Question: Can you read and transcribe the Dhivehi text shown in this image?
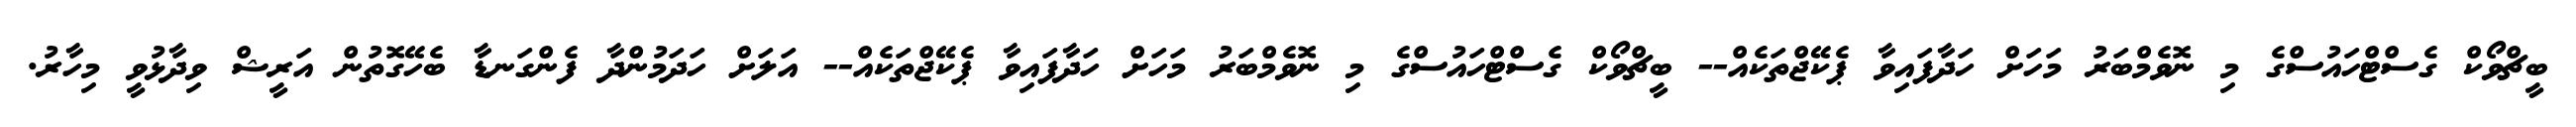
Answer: ބީޗްވޯކް ގެސްޓްހައުސްގެ މި ނޮވެމްބަރު މަހަށް ހަދާފައިވާ ޕެކޭޖްތަކެއް-- ބީޗްވޯކް ގެސްޓްހައުސްގެ މި ނޮވެމްބަރު މަހަށް ހަދާފައިވާ ޕެކޭޖްތަކެއް-- އަލަށް ހަދަމުންދާ ފެންގަނޑާ ބެހޭގޮތުން އަރީޝް ވިދާޅުވީ މިހާރު.